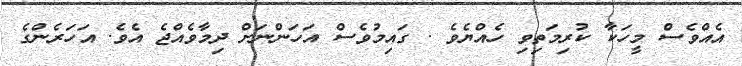
އެއްވެސް މީހަކާ ކުރިމަތިވި ހެއްޔެވެ . ގައިމުވެސް އަހަންނަށް ދިމާވެއްޖެ އެވެ. އަހަރެންގެ